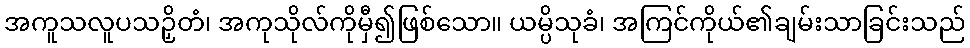
အကူသလူပသဉှိတံ၊ အကုသိုလ်ကိုမှီ၍ဖြစ်သော။ ယမ္ပိသုခံ၊ အကြင်ကိုယ်၏ချမ်းသာခြင်းသည်